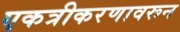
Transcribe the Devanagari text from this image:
एकत्रीकरणावरून